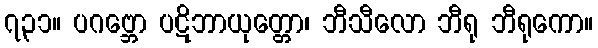
၇၃၁။ ပဂဗ္ဘော ပဋိဘာယုတ္တော၊ ဘီသီလော ဘီရု ဘီရုကော။